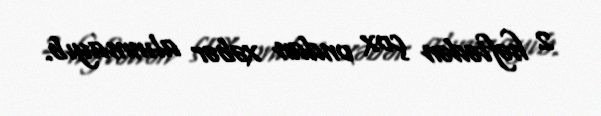
2 həftədən çox ondan xəbər alınmayıb.